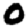
Digit: 0